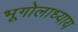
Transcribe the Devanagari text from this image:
भूगोलाध्याय